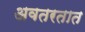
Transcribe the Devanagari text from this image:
अवतरतात